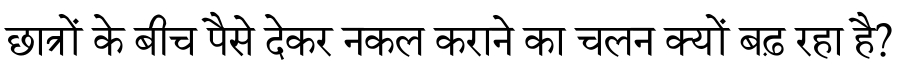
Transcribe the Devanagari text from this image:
छात्रों के बीच पैसे देकर नकल कराने का चलन क्यों बढ़ रहा है?